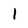
Character: l